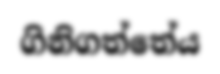
ගිනිගත්තේය